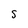
Character: S